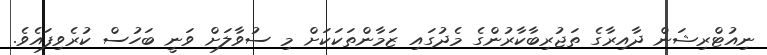
ނިއުޓްރިޝަން ދާއިރާގެ ތަޖުރިބާކާރުންގެ މެދުގައި ޒަމާންތަކަކަށް މި ސުވާލަށް ވަނީ ބަހުސް ކުރެވިފައެވެ.